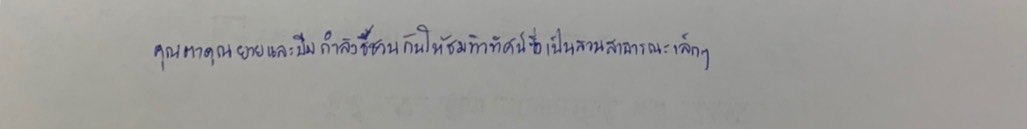
คุณตาคุณยายและบีมกำลังชี้ชวนกันให้ชมทิวทัศน์ซึ่งเป็นสวนสาธารณะเล็กๆ